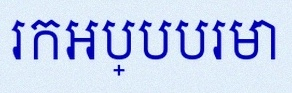
រកអប្បបរមា